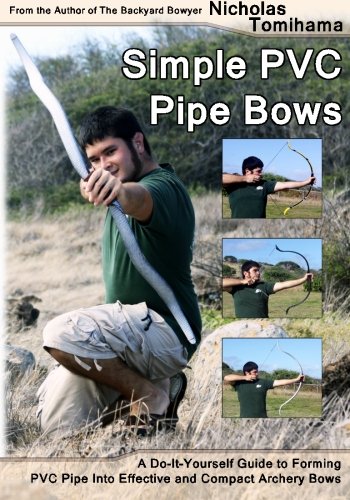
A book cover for Simple PVC Pipe Bows: A Do-It-Yourself Guide to Forming PVC Pipe into Effective and Compact Archery Bows; Nicholas Tomihama; Sports & Outdoors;